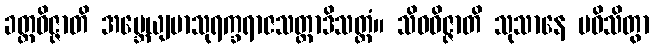
ခတ္တဝိဇ္ဇာတိ အဗ္ဘေယျမာသုရက္ခရာဇသတ္ထာဒိသတ္ထံ။ သိဝဝိဇ္ဇာတိ သုသာနေ ပဝိသိတွာ